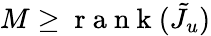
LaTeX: M\ge\mathrm{~r~a~n~k~}(\tilde{J}_{u})